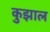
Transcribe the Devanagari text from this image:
कुझाल